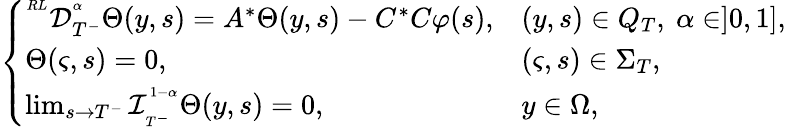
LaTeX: \left\{ \begin{array}{llll}{^{^{RL}}\mathcal{D}_{T^{-}}^{^\alpha}\Theta(y,s)=A^{*}\Theta(y,s)-C^{*}C\varphi(s),}&{(y,s)\in Q_{T},\ \alpha\in]0,1],}\\ {\Theta(\varsigma,s)=0,}&{(\varsigma,s)\in\Sigma_{T},}\\ {\operatorname*{lim}_{s\rightarrow T^{-}}\mathcal{I}_{_{T^{-}}}^{^{1-\alpha}}\Theta(y,s)=0,}&{y\in\Omega,}\end{array}\right.